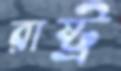
রাষ্ট্র